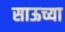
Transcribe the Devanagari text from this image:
साऊच्या